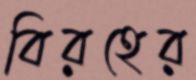
বিরহের